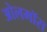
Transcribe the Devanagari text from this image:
ओलमॉस